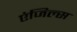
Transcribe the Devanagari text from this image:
एंजिल्स